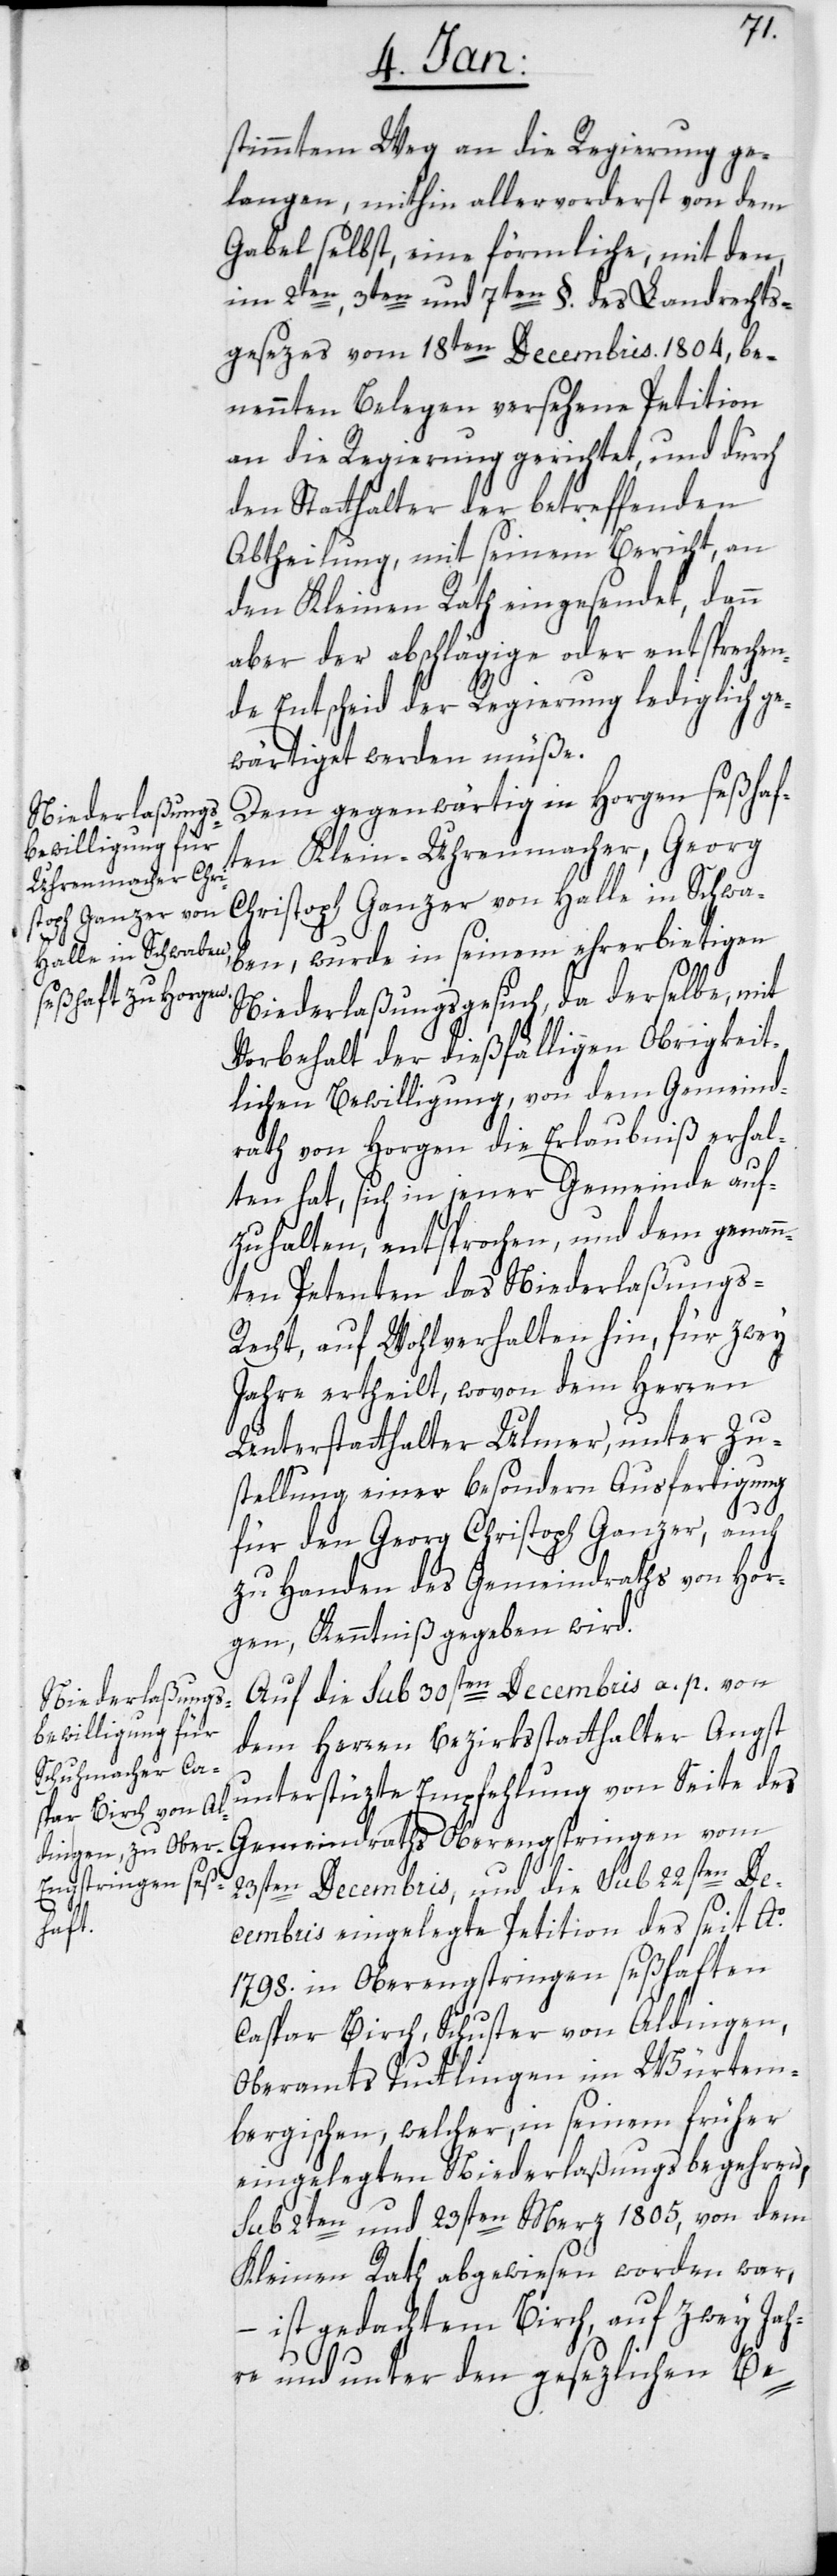
stimmtem Weg an die Regierung ge¬
langen, mithin allervorderst von dem
Gabel selbst, eine förmliche, mit den
im 2ten, 3ten und 7ten §. des Landrechts¬
gesezes vom 18ten Decembris 1804, be¬
nennten Belegen versehene Petition
an die Regierung gerichtet, und durch
den Statthalter der betreffenden
Abtheilung, mit seinem Bericht, an
den Kleinen Rath eingesendet, dann
aber der abschlägige oder entsprechen¬
de Entscheid der Regierung lediglich ge¬
wärtiget werden müße.
Dem gegenwärtig in Horgen seßhaft¬
en Klein-Uhrenmacher, Georg
Christoph Ganzer von Halle in Schwa¬
ben, wurde in seinem ehrerbietigen
Niederlaßungsgesuch, da derselbe mit
Vorbehalt der dießfälligen Obrigkeit¬
lichen Bewilligung, von dem Gemeind¬
rath von Horgen die Erlaubniß erhal¬
ten hat, sich in jener Gemeinde auf¬
zuhalten, entsprochen, und dem genann¬
ten Petenten das Niederlaßung¬
s-Recht, auf Wohlverhalten hin, für zwey
Jahre ertheilt, wovon dem Herren
Unterstatthalter Ulmer, unter Zu¬
stellung einer besondern Ausfertigung
für den Georg Christoph Ganzer, auch
zu Handen des Gemeindraths von Hor¬
gen, Kenntniß gegeben wird.
Auf die sub 30sten Decembris a. p. von
dem Herren Bezirksstatthalter Angst
unterstüzte Empfehlung von Seite des
Gemeindraths Oberengstringen vom
23sten Decembris, und die sub 22sten De¬
cembris eingelegte Petition des seit Ao.
1798. in Oberengstringen seßhaften
Caspar Birch, Schuster von Aldingen,
Oberamts Tuttlingen im Würtem¬
bergischen, welcher, in seinem früher
eingelegten Niederlaßungsbegehren,
sub 2ten und 23sten Merz 1805, von dem
Kleinen Rath abgewiesen worden war,
ist gedachtem Birch, auf zwey Jah¬
re und unter den gesezlichen Be-